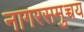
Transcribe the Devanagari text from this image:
नागरसमुच्चय